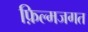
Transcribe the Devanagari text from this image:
फ़िल्मजगत